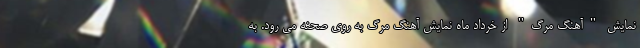
نمایش "آهنگ مرگ" از خرداد ماه نمایش آهنگ مرگ به روی صحنه می رود. به